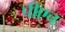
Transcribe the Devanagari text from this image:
पीएच